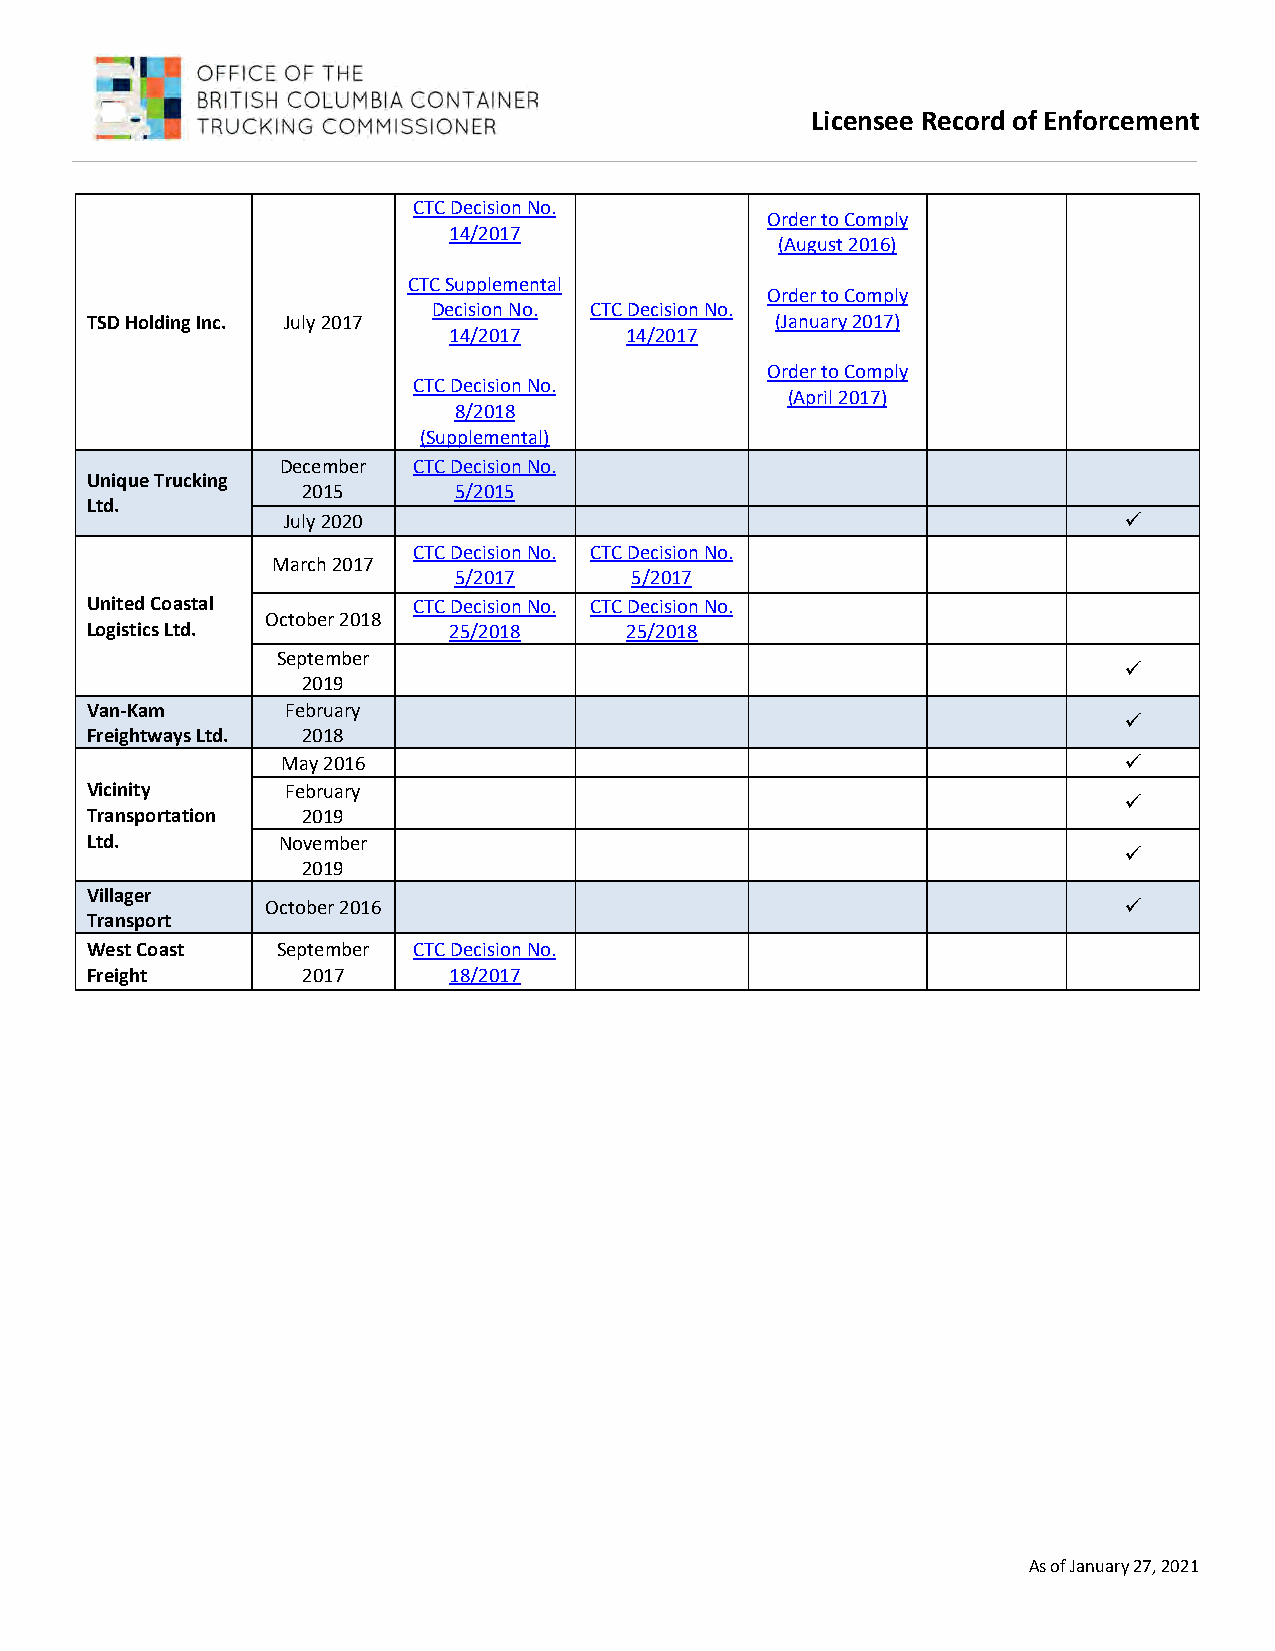
Licensee Record of Enforcement
 CTC Decision No.
 Order to Comply
 14/2017
 (August 2016)
 CTC Supplemental
 Order to Comply
 Decision No. CTC Decision No.
 TSD Holding Inc. July 2017                   (January 2017)
 14/2017    14/2017
 Order to Comply
 CTC Decision No.
 (April 2017)
 8/2018
 (Supplemental)
 December CTC Decision No.
 Unique Trucking
 2015      5/2015
 Ltd.
 July 2020                                              
 CTC Decision No. CTC Decision No.
 March 2017
 5/2017      5/2017
 United Coastal       CTC Decision No. CTC Decision No.
 October 2018
 Logistics Ltd.          25/2018    25/2018
 September
 
 2019
 Van-Kam      February
 
 Freightways Ltd. 2018
 May 2016                                               
 Vicinity     February
 
 Transportation 2019
 Ltd.        November
 
 2019
 Villager
 October 2016                                            
 Transport
 West Coast  September CTC Decision No.
 Freight       2017      18/2017
 As of January 27, 2021